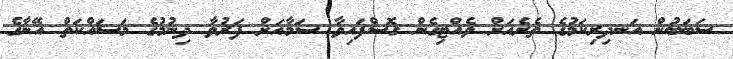
ސަބަބުން އަނދިރިކަމުގެ ތެރެއަށް ވެއްޓިގެން ގޮސްފައިވާ ސަމާއަށް ފަރުވާ ދިނުމުގެ މަސައްކަތް އޭނާގެ